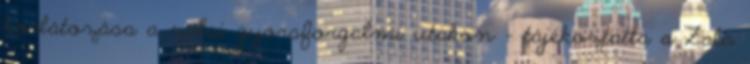
korlátozása a zalai gyorsforgalmi utakon - tájékoztatta a Zala